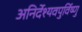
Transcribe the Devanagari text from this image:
अनिर्देश्यवपुर्विष्णु